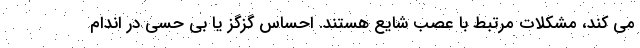
می کند، مشکلات مرتبط با عصب شایع هستند. احساس گزگز یا بی حسی در اندام